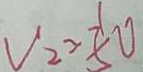
V _ { 2 } > \frac { 1 } { 5 } 0